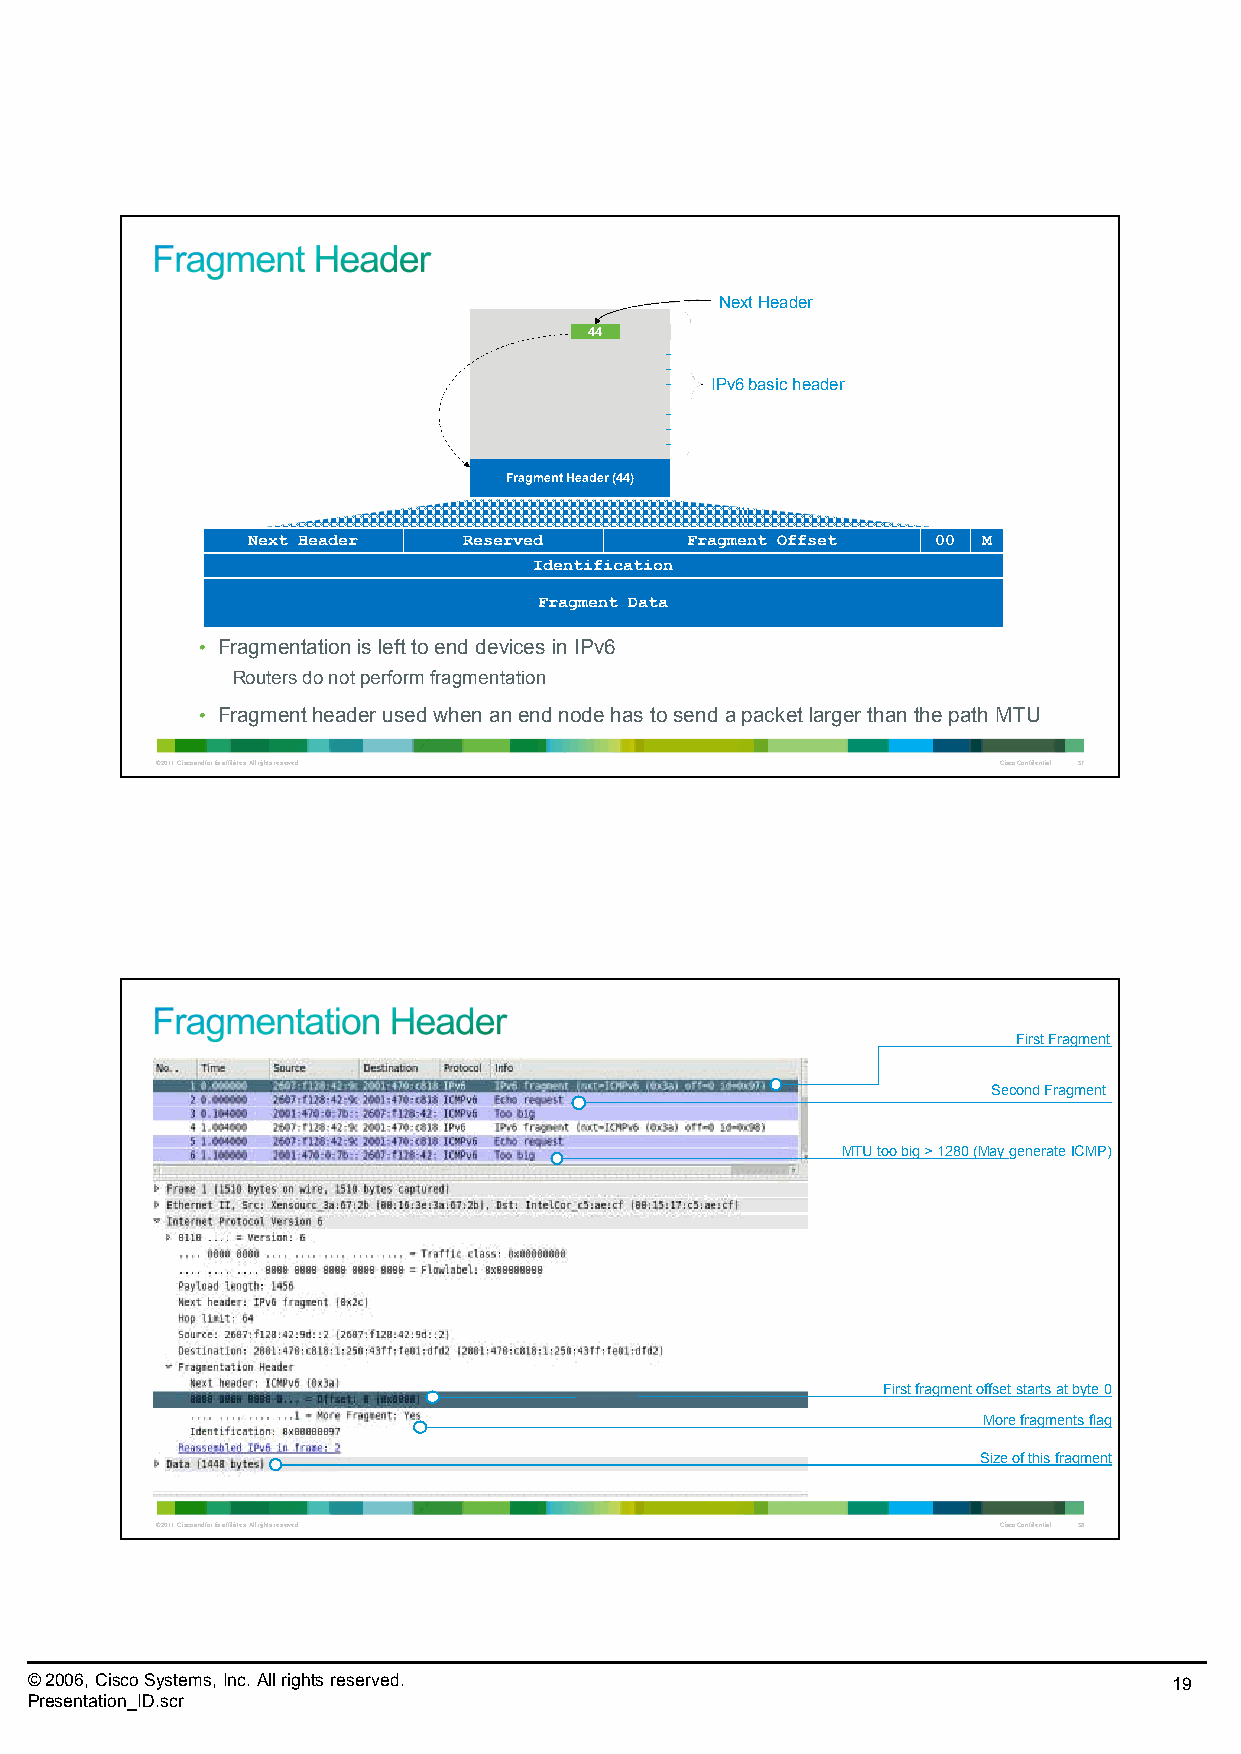
NextHeader
 44
 IPv6 basic header
 Fragment Header (44)
 Next Header    Reserved      Fragment Offset  00 M
 Identification
 Fragment Data
 • Fragmentation is left to end devices in IPv6
 Routers do not perform fragmentation
 • Fragment header used when an end node has to send a packet larger than the path MTU
 © 2011 Cisco and/or its affiliates. All rights reserved. Cisco Confidential 37
 First Fragment
 Second Fragment
 MTU too big > 1280 (May generate ICMP)
 First fragment offset starts at byte 0
 More fragments flag
 Size of this fragment
 © 2011 Cisco and/or its affiliates. All rights reserved. Cisco Confidential 38
 © 2006, Cisco Systems, Inc. All rights reserved.                            19
 Presentation_ID.scr